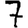
Digit: 7